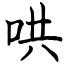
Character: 哄